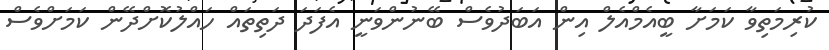
ކުރިމަތިވާ ކަމަށާ ބީއެމްއެލް އިން އަބަދުވެސް ބޭނުންވަނީ އެފަދަ ދަތިތައް ހައްލުކޮށްދޭން ކަމަށްވެސް